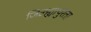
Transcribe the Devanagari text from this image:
जिल्ह्यापुरता